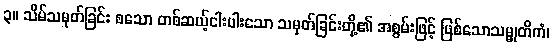
၃။ သိမ်သမုတ်ခြင်း စသော တစ်ဆယ့်ငါးပါးသော သမုတ်ခြင်းတို့၏ အစွမ်းဖြင့် ဖြစ်သောသမ္မုတိကံ၊